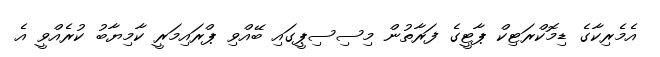
އެމެރިކާގެ ޑިމޮކްރަޓިކް ޕާޓީގެ ފަރާތުން މިސިސިޕީގައި ބޭއްވި ޕްރައިމަރީ ކާމިޔާބު ކުރެއްވީ އެ